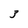
Character: 3